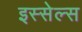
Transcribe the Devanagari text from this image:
इस्सेल्स